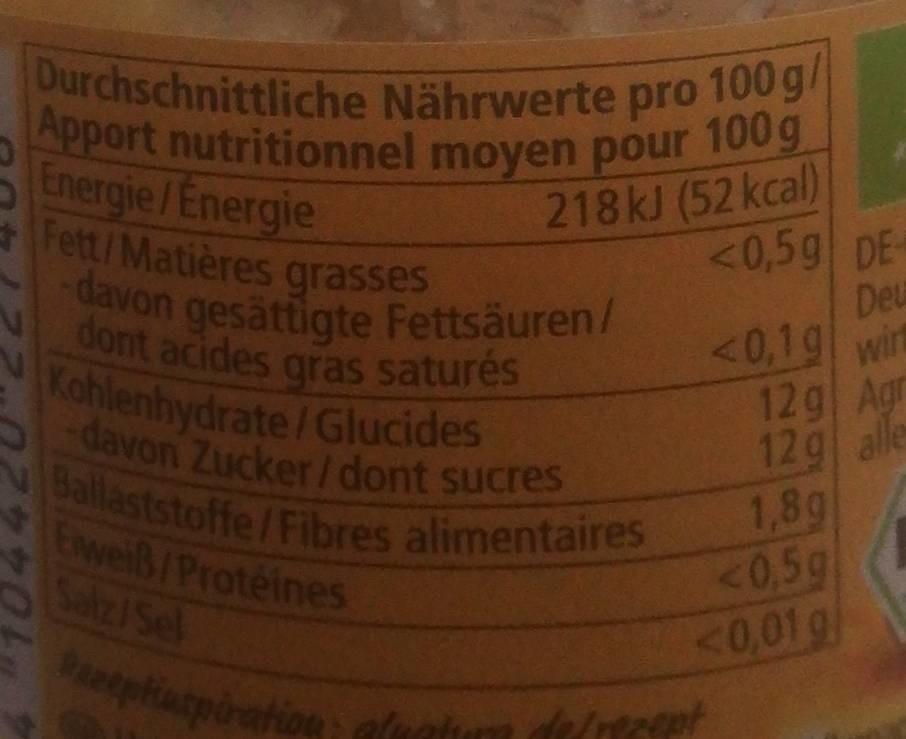
Apport nutritionnel moyen pour 100g Durchschnittliche Nährwerte pro 100 g/ davon gesättigte Fettsäuren/ Ballaststoffe/Fibres alimentaires davon Zucker/ dont sucres dont acides gras saturés Kohlenhydrate/Glucides Durchschnittliche Nährwerte pro 100g
Energie/Energie Fett/Matières grasses
218kJ (52 kcal) <0,5g DE- Deu <0,1g wit
N
dont acides gras saturés
12g Agr 12g alle
davon Zucker/ dont sucres
1,8g 0,5g
Eweiß/Protéines Salz/Sel
0,01g
Pztpliatporation
deltcpt